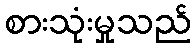
စားသုံးမှုသည်